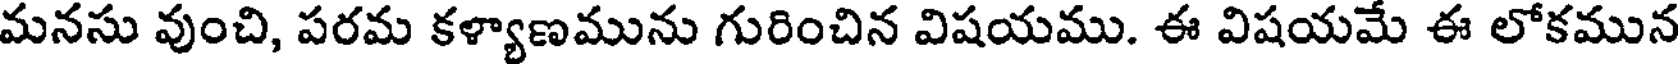
మనసు వుంచి, పరమ కళ్యాణమును గురించిన విషయము. ఈ విషయమే ఈ లోకమున